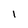
Character: l